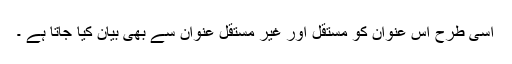
اسی طرح اس عنوان کو مستقل اور غیر مستقل عنوان سے بھی بیان کیا جاتا ہے ۔